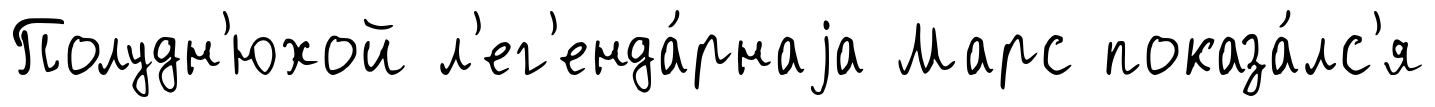
Полудн'юхой л'ег'енда́рнаjа Марс показа́лс'я